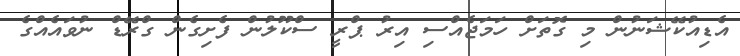
އެޑިއުކޭޝަނުން މި ގޮތަށް ހަމަޖެއްސި އިރު ޕްރީ ސްކޫލުން ފެށިގެން ގްރޭޑް ނުވައެއްގެ